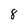
Character: 8